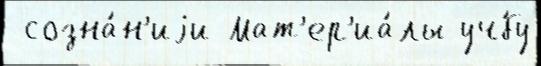
 созна́н'иjи Мат'ер'иа́лы уч́бу